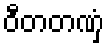
ဝီတတဏှံ